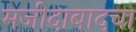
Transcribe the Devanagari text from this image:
मजीदाबादचा